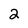
Character: 2